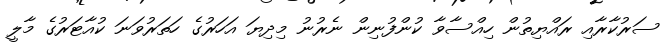
ސަރުކާރާއި ރައްޔިތުން ހިއްސާވާ ކުންފުނިން ނެރުނު މިދިޔަ އަހަރުގެ ހަތަރުވަނަ ކުއާޓަރުގެ މާލީ